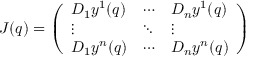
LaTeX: J ( q ) = { \left( \begin{array} { l l l } { D _ { 1 } y ^ { 1 } ( q ) } & { \cdots } & { D _ { n } y ^ { 1 } ( q ) } \\ { \vdots } & { \ddots } & { \vdots } \\ { D _ { 1 } y ^ { n } ( q ) } & { \cdots } & { D _ { n } y ^ { n } ( q ) } \end{array} \right) }